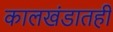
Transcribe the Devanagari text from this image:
कालखंडातही